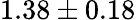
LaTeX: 1.38\pm 0.18